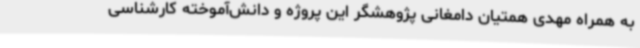
به همراه مهدی همتیان دامغانی پژوهشگر این پروژه و دانش‌آموخته کارشناسی